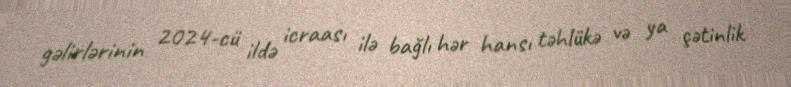
gəlirlərinin 2024-cü ildə icraası ilə bağlı hər hansı təhlükə və ya çətinlik